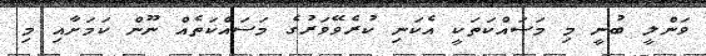
ވަންލީ ބުނީ މި މަސައްކަތަކީ އެކަނި ކުރެވޭވަރުގެ މަސައްކަތެއް ނޫން ކަމަށާއި މި